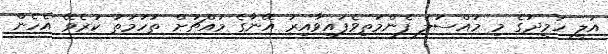
އަލީ ހަމީދުގެ މި މައްސަލަ ފެންމަތިވެފައިވާއިރު އޭނާގެ މައްޗަށް ތުހުމަތު ކުރެވޭ އެހެން